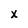
Character: x